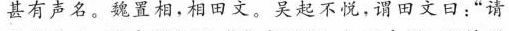
甚有声名。魏置相，相田文。吴起不悦，谓田文曰:“请